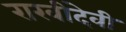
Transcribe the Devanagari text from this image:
राखीदेवी